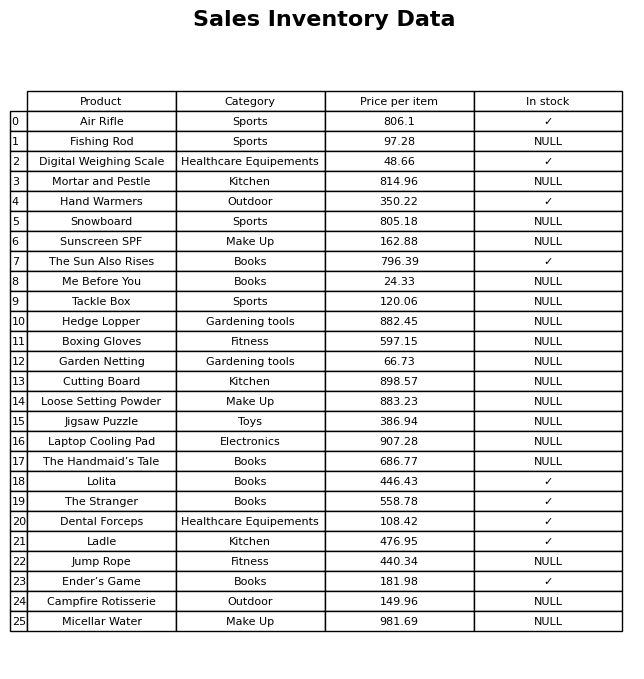
question: Is the Sunscreen SPF in stock?
answer: NULL